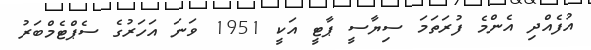
އުފެއްދި އެންމެ ފުރަތަމަ ސިޔާސީ ޕާޓީ އަކީ 1951 ވަނަ އަހަރުގެ ސެޕްޓެމްބަރު